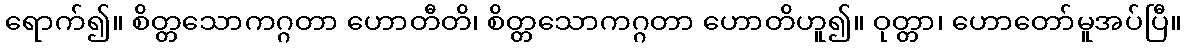
ရောက်၍။ စိတ္တသောကဂ္ဂတာ ဟောတီတိ၊ စိတ္တသောကဂ္ဂတာ ဟောတိဟူ၍။ ဝုတ္တာ၊ ဟောတော်မူအပ်ပြီ။